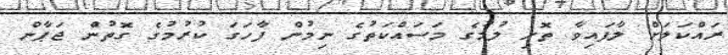
ރައްކަލަށް ލާފައިވާ ތޮށި ލުމުގެ މަސައްކަތުގެ ނިމުން ފާހަގަ ކުރުމުގެ ގޮތުން ޖަޕާން